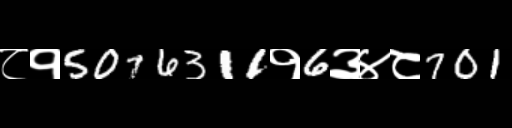
Text: ८१5076311१6३४८701